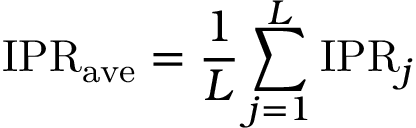
\mathrm { I P R } _ { \mathrm { a v e } } = \frac { 1 } { L } \sum _ { j = 1 } ^ { L } \mathrm { I P R } _ { j }